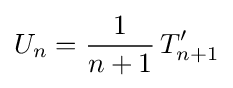
U_{n}={\frac {1}{n+1}}\,T_{n+1}'